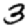
Digit: 3